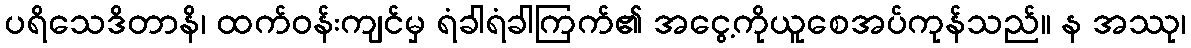
ပရိသေဒိတာနိ၊ ထက်ဝန်းကျင်မှ ရံခါရံခါကြက်၏ အငွေ့ကိုယူစေအပ်ကုန်သည်။ န အဿု၊